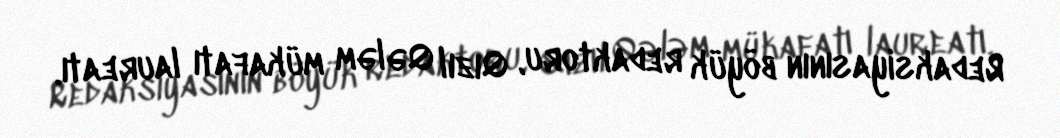
Redaksiyasının böyük redaktoru, Qızıl Qələm mükafatı laureatı.